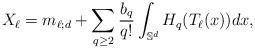
LaTeX: \begin{align*}X_\ell=m_{\ell;d}+\sum_{q \geq 2} \frac{b_q}{q!} \int_{\mathbb S^d} H_q(T_\ell(x)) dx,\end{align*}